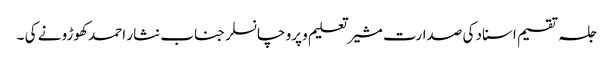
جلسہ تقسیم اسناد کی صدارت مشیر تعلیم و پرو چانسلر جناب نثار احمد کھوڑو نے کی ۔